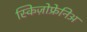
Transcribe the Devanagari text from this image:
स्किज़ोफ्रेनिअ